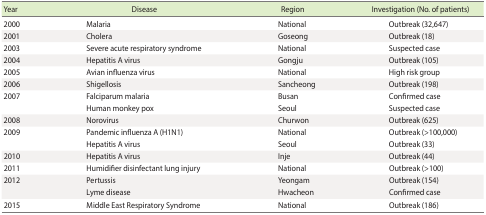
<table><thead><tr><td><b>Year</b></td><td><b>Disease</b></td><td><b>Region</b></td><td><b>Investigation (No. of patients)</b></td></tr></thead><tbody><tr><td>2000</td><td>Malaria</td><td>National</td><td> Outbreak (32,647)</td></tr><tr><td>2001</td><td>Cholera</td><td>Goseong</td><td> Outbreak (18)</td></tr><tr><td>2003</td><td>Severe acute respiratory syndrome</td><td>National</td><td> Suspected case</td></tr><tr><td>2004</td><td>Hepatitis A virus</td><td>Gongju</td><td> Outbreak (105)</td></tr><tr><td>2005</td><td>Avian influenza virus</td><td>National</td><td> High risk group</td></tr><tr><td>2006</td><td>Shigellosis</td><td>Sancheong</td><td> Outbreak (198)</td></tr><tr><td>2007</td><td>Falciparum malaria</td><td>Busan</td><td> Confirmed case</td></tr><tr><td></td><td>Human monkey pox</td><td>Seoul</td><td> Suspected case</td></tr><tr><td>2008</td><td>Norovirus</td><td>Churwon</td><td> Outbreak (625)</td></tr><tr><td>2009</td><td>Pandemic influenza A (H1N1)</td><td>National</td><td> Outbreak (&gt;100,000)</td></tr><tr><td></td><td>Hepatitis A virus</td><td>Seoul</td><td> Outbreak (33)</td></tr><tr><td>2010</td><td>Hepatitis A virus</td><td>Inje</td><td> Outbreak (44)</td></tr><tr><td>2011</td><td>Humidifier disinfectant lung injury</td><td>National</td><td> Outbreak (&gt;100)</td></tr><tr><td>2012</td><td>Pertussis</td><td>Yeongam</td><td> Outbreak (154)</td></tr><tr><td></td><td>Lyme disease</td><td>Hwacheon</td><td> Confirmed case</td></tr><tr><td>2015</td><td>Middle East Respiratory Syndrome</td><td>National</td><td> Outbreak (186)</td></tr></tbody></table>